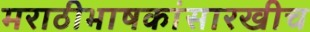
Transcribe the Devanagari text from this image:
मराठीभाषकांसारखीच